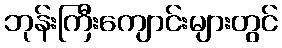
ဘုန်းကြီးကျောင်းများတွင်